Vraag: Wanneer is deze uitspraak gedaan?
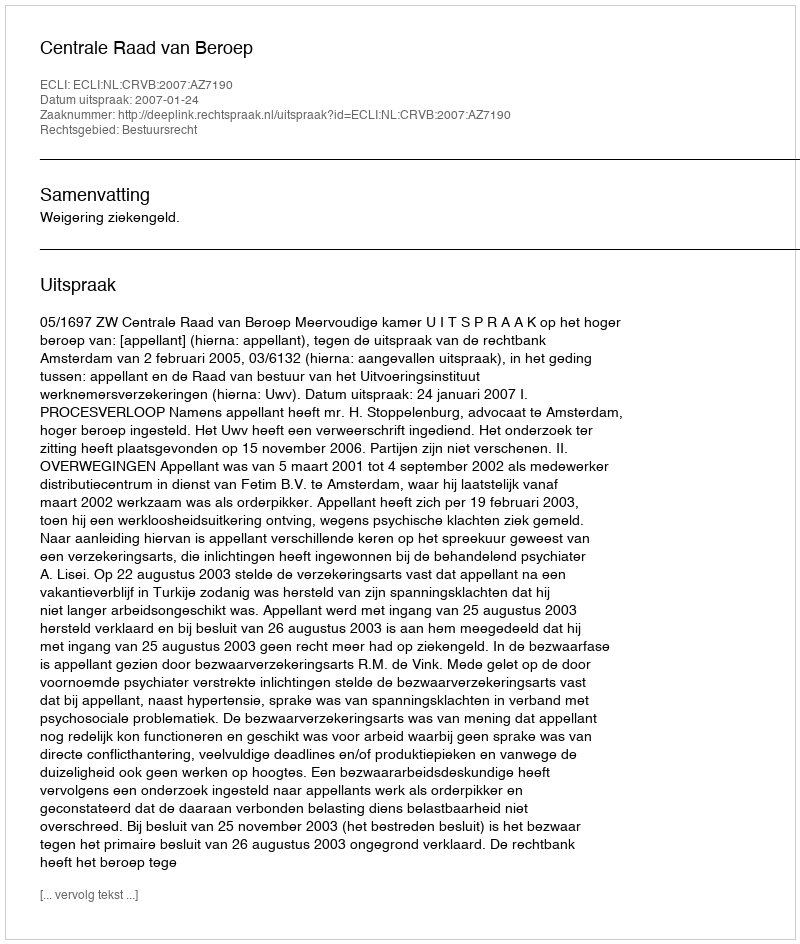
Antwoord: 2007-01-24